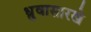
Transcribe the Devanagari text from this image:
ध्रुवासारखे